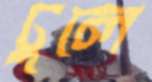
ঢুলে